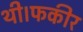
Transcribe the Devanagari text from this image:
थी।फकीर